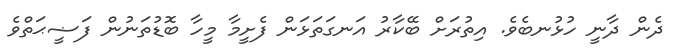
ދެން ދާނީ ހުޅުނބެވެ. އިތުރަށް ބޭކާރު އަނގަތަޅަން ފެށީމާ މީހާ ބޮޑުތަނުން ފަޟީޙަތްވެ